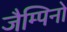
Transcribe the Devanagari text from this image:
जैम्पिनो